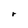
Character: r